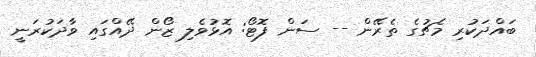
ބައްދަކުރި މެޗުގެ ތެރޭން -- ސަން ފޮޓޯ: އޮޅުވެލި ޒޯން ދޭއްގައި ވާދަކުރަނީ